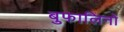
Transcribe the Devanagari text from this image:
बुफालिनो